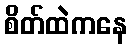
စိတ်ထဲကနေ